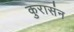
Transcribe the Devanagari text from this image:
कुरासंन